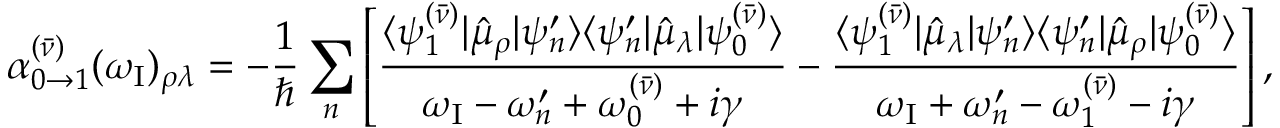
\alpha _ { 0 \to 1 } ^ { ( \bar { \nu } ) } ( \omega _ { \mathrm { { I } } } ) _ { \rho \lambda } = - \frac { 1 } { \hbar } \sum _ { n } \left[ \frac { \langle \psi _ { 1 } ^ { ( \bar { \nu } ) } | \hat { \mu } _ { \rho } | \psi _ { n } ^ { \prime } \rangle \langle \psi _ { n } ^ { \prime } | \hat { \mu } _ { \lambda } | \psi _ { 0 } ^ { ( \bar { \nu } ) } \rangle } { \omega _ { \mathrm { I } } - \omega _ { n } ^ { \prime } + \omega _ { 0 } ^ { ( \bar { \nu } ) } + i \gamma } - \frac { \langle \psi _ { 1 } ^ { ( \bar { \nu } ) } | \hat { \mu } _ { \lambda } | \psi _ { n } ^ { \prime } \rangle \langle \psi _ { n } ^ { \prime } | \hat { \mu } _ { \rho } | \psi _ { 0 } ^ { ( \bar { \nu } ) } \rangle } { \omega _ { \mathrm { { I } } } + \omega _ { n } ^ { \prime } - \omega _ { 1 } ^ { ( \bar { \nu } ) } - i \gamma } \right] ,